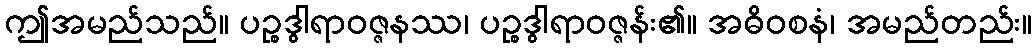
ဤအမည်သည်။ ပဉ္စဒွါရာဝဇ္ဇနဿ၊ ပဉ္စဒွါရာဝဇ္ဇန်း၏။ အဓိဝစနံ၊ အမည်တည်း။